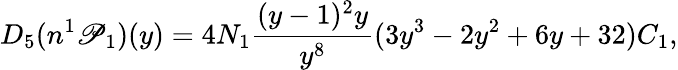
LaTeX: D_{5}(n^{1}\mathscr{P}_{1})(y)=4N_{1}\frac{{(y-1)^{2}y}}{{y^{8}}}(3y^{3}-2y^{2}+6y+32)C_{1},